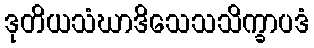
ဒုတိယသံဃာဒိသေသသိက္ခာပဒံ